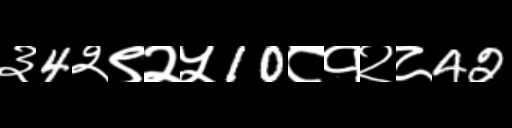
Text: ३4२९२५10८१२८42